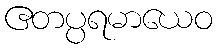
ဧတပ္ပရမာယေဝ